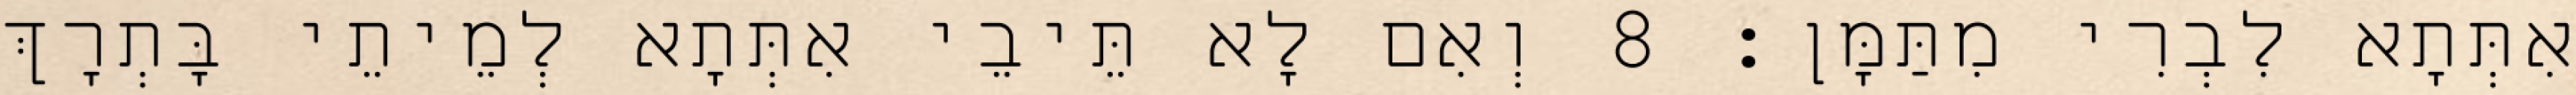
אִתְּתָא לִבְרִי מִתַּמָּן׃ 8 וְאִם לָא תֵּיבֵי אִתְּתָא לְמֵיתֵי בָּתְרָךְ